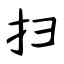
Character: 扫